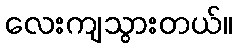
လေးကျသွားတယ်။